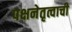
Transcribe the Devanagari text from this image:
पक्षनेतृत्वाची